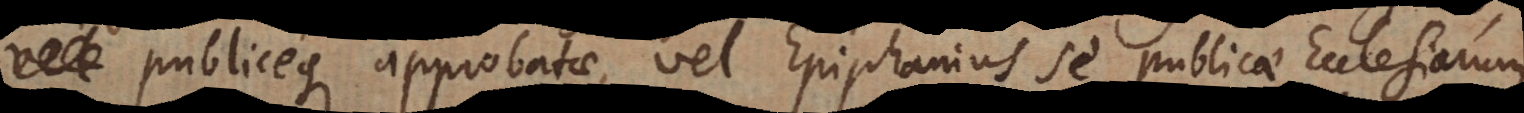
publiceque approbatae, vel Epiphanius se publicae Ecclesiarum